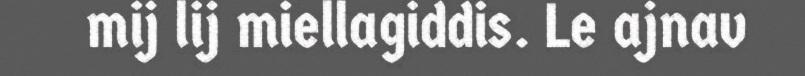
mij lij miellagiddis. Le ajnav